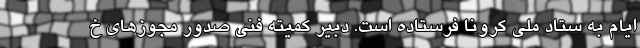
ایام به ستاد ملی کرونا فرستاده است. دبیر کمیته فنی صدور مجوزهای خ